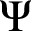
\Psi